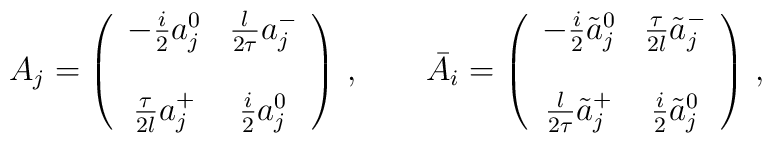
A_j = \left(\begin{array}{cc} -\frac i2 a^0_j & \frac{l}{2\tau} a^-_j \\                                              &                       \\                              \frac{\tau}{2l} a^+_j & \frac i2 a^0_j                              \end{array} \right)\,, \qquad{\bar A}_i = \left(\begin{array}{cc} -\frac i2 {\tilde a}^0_j &                    \frac{\tau}{2l} {\tilde a}^-_j \\ & \\                    \frac{l}{2\tau} {\tilde a}^+_j & \frac i2 {\tilde a}^0_j                              \end{array} \right)\,,